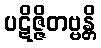
ပဋိဇ္ဇိတဗ္ဗန္တိ